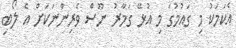
އެކަމަކު މި ގައުމުގަ މި އުޅޭ ގަމާރު ނޫސް ވެރިންނަކަށް އެ ލޯބި